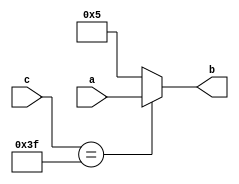
/*//////////////////////////////////////////////////////////////////////////////
//                                                                            //
//               Application Assignment Problem 2 Module 3 Course 2           //
//                                                                            //
////////////////////////////////////////////////////////////////////////////////
//
// [Replace [items in brackets] with your content]
// @file AAC2M1P2.vhd
// @brief Application Assignment 2-007 Example code with errors to be found
// @version: 1.0 
// Date of current revision:  @date 2019-06-20  
// Target FPGA: [Intel Altera MAX10] 
// Tools used: [Quartus Prime 16.1 or Sigasi] for editing and/or synthesis 
//             [Modeltech ModelSIM 10.4a Student Edition] for simulation 
//             [Quartus Prime 16.1]  for place and route if applied
//             
//  Functional Description:  This file contains the Verilog which describes the 
//               FPGA implementation of a fixed/variable 4-bit mux. The inputs 
//               are a, a 4-bit vector, a fixed 4-bit vector, and c, a 6-bit
//               selector, with b, a 4-bit vector as the output.  

//  Hierarchy:  There is only one level in this simple design.
//  
//  Designed by:  @author [your name] 
//                [Organization]
//                [email] 
// 
//      Copyright (c) 2019 by Tim Scherr
//
// Redistribution, modification or use of this software in source or binary
// forms is permitted as long as the files maintain this copyright. Users are
// permitted to modify this and use it to learn about the field of HDl code.
// Tim Scherr and the University of Colorado are not liable for any misuse
// of this material.
//////////////////////////////////////////////////////////////////////////////
// 
*/
module find_errors (
input [0:3]a,
output [3:0]b,
input [5:0]c );
reg [3:0]bw;
wire [5:0]creg;
assign b = bw;
assign creg = c;
always@(creg)
begin
if (creg == 6'b111111)
bw <= a;
else
bw <= 4'b0101;
end
endmodule                                        // line 21